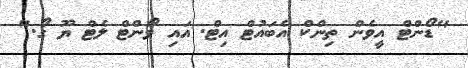
"ޑޯންޓް އީވެން ތިންކް އެބައުޓް އިޓް. އައި ވޯންޓް ލެޓް ޔޫ ގޯ."